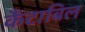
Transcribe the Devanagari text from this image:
कैंटाबिल